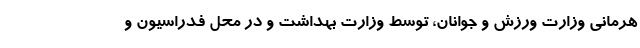
هرمانی وزارت ورزش و جوانان، توسط وزارت بهداشت و در محل فدراسیون و